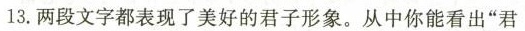
13.两段文字都表现了美好的君子形象。从中你能看出”君